system: You are a helpful assistant.
user:
Analyze the provided spectrum to determine if it is a **"Cataclysmic Variables (CV)"**.

- **Key Indicators for CV (Check for either state):**
    - **State 1: Quiescent / Low-State (Emission-Dominated)**
        - **(Primary):** Strong and *very broad* Hydrogen Balmer emission lines (e.g., $H\alpha$ at 6563 Å, $H\beta$ at 4861 Å). The 'broadness' (high velocity dispersion, often FWHM > 1000 km/s) is the key diagnostic, indicating a high-velocity accretion disk.
        - **(Secondary):** Broad neutral Helium (He I) emission lines (e.g., 5876 Å, 6678 Å).
        - **(Key Confirmation):** Presence of high-excitation *ionized* Helium (He II) emission at 4686 Å. This is a strong indicator of accretion onto a white dwarf.
        - **(Line Profile):** Emission lines may exhibit a 'double-peaked' profile, which is a classic signature of a rotating accretion disk viewed at high inclination.

    - **State 2: Outburst / High-State (Absorption-Dominated)**
        - **(Primary):** Spectrum is dominated by a bright, blue continuum (looks like a hot star).
        - **(Secondary):** The emission lines from State 1 are weak, absent, or 'filled in', and are replaced by broad, shallow *absorption* lines (primarily Balmer and He I).
        - **(Morphology):** The overall spectrum mimics a hot B/A-type star. The crucial difference is that the absorption lines are significantly broader, shallower, and more 'washed-out' (or 'smeared') than the sharp lines of a normal stellar photosphere, due to high rotational speeds and pressure broadening in the disk.

Think first, call **spectral_visualization_tool** if needed to examine features in detail, then provide your final answer. Your response must adhere to the following strict rules:
1.  **Overall Structure:** Your response must follow the format `<think>...</think> <tool_call>...</tool_call> (if a tool is used) <answer>...</answer>`.
2.  **Tool Usage Constraint:** You may only make **one** tool call per turn.
3.  **Final Answer Format:** In the `<answer>` tag, your conclusion must be inside a `\boxed{}` command (e.g., `\boxed{YES}`), followed by your justification.

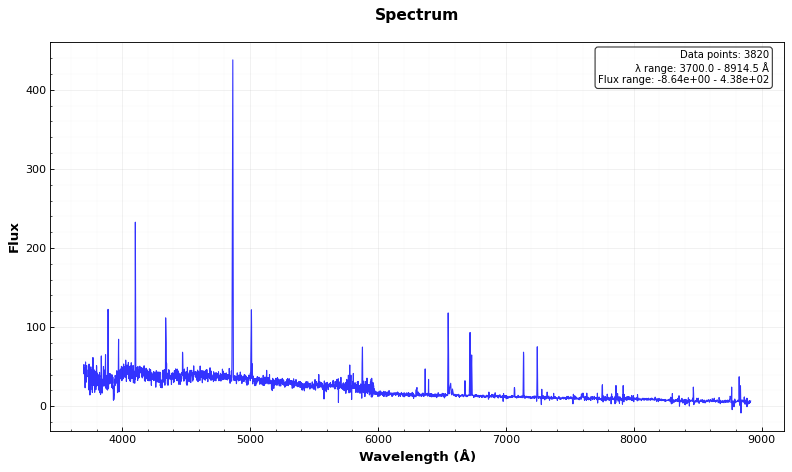
Answer: NO